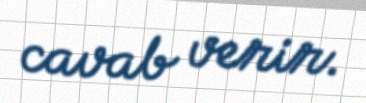
cavab verir.